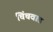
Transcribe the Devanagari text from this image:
चिंचवाड